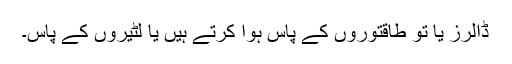
ڈالرز یا تو طاقتوروں کے پاس ہوا کرتے ہیں یا لٹیروں کے پاس۔